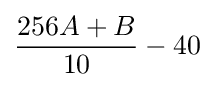
{\frac {256A+B}{10}}-40